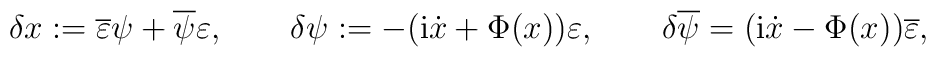
\delta x:=\overline{\varepsilon }\psi +\overline{\psi }\varepsilon ,\qquad\delta \psi:=-({\rm i}\dot{x}+\Phi (x))\varepsilon ,\qquad\delta \overline{\psi}=({\rm i}\dot{x}-\Phi (x))\overline{\varepsilon},